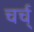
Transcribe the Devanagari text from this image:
चर्च्